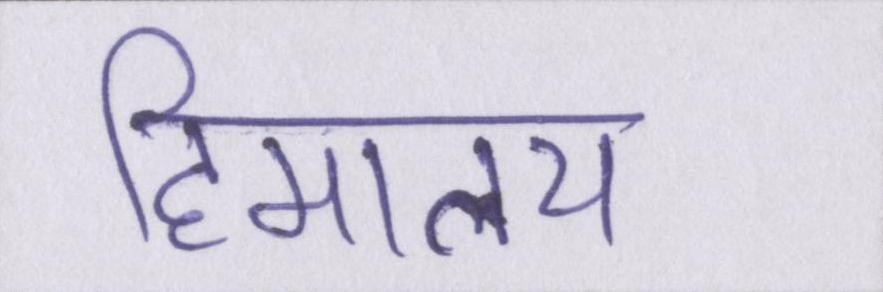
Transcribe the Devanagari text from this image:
हिमालय